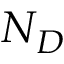
N _ { D }